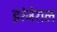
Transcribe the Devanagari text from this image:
इरंजेराल